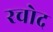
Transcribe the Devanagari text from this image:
रचोद